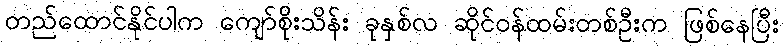
တည်ထောင်နိုင်ပါက ကျော်စိုးသိန်း ခုနှစ်လ ဆိုင်ဝန်ထမ်းတစ်ဦးက ဖြစ်နေပြီး